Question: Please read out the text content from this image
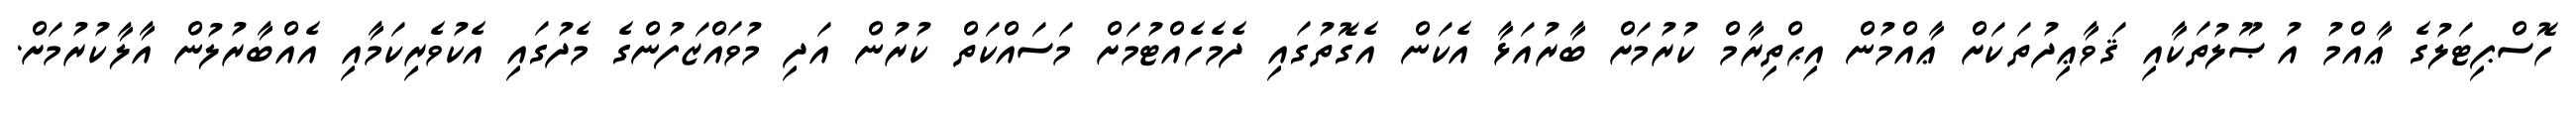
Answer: ހޮސްޕިޓަލުގެ ޢާއްމު އުޞޫލުތަކާއި ޤަވާޢިދުތަކަށް ޢާއްމުން އިޙްތިރާމް ކުރުމަށް ބާރުއަޅާ އެކަން އެގޮތުގައި ދެމެހެއްޓުމަށް މަސައްކަތް ކުރުން އަދި މުވައްޒަފުންގެ މެދުގައި އެކުވެރިކަމާއި އެއްބާރުލުން އާލާކުރުމަށް.